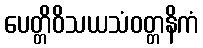
ပေတ္တိဝိသယသံဝတ္တနိကံ